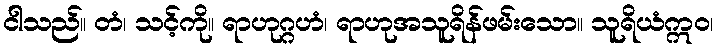
ငါသည်။ တံ၊ သင့်ကို။ ရာဟုဂ္ဂဟံ၊ ရာဟုအသူရိန်ဖမ်းသော။ သူရိယံဣဝ၊